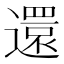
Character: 還